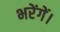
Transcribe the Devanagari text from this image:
भरेंगें।